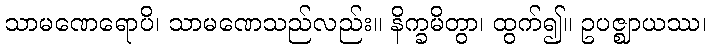
သာမဏေရောပိ၊ သာမဏေသည်လည်း။ နိက္ခမိတွာ၊ ထွက်၍။ ဥပဇ္ဈာယဿ၊